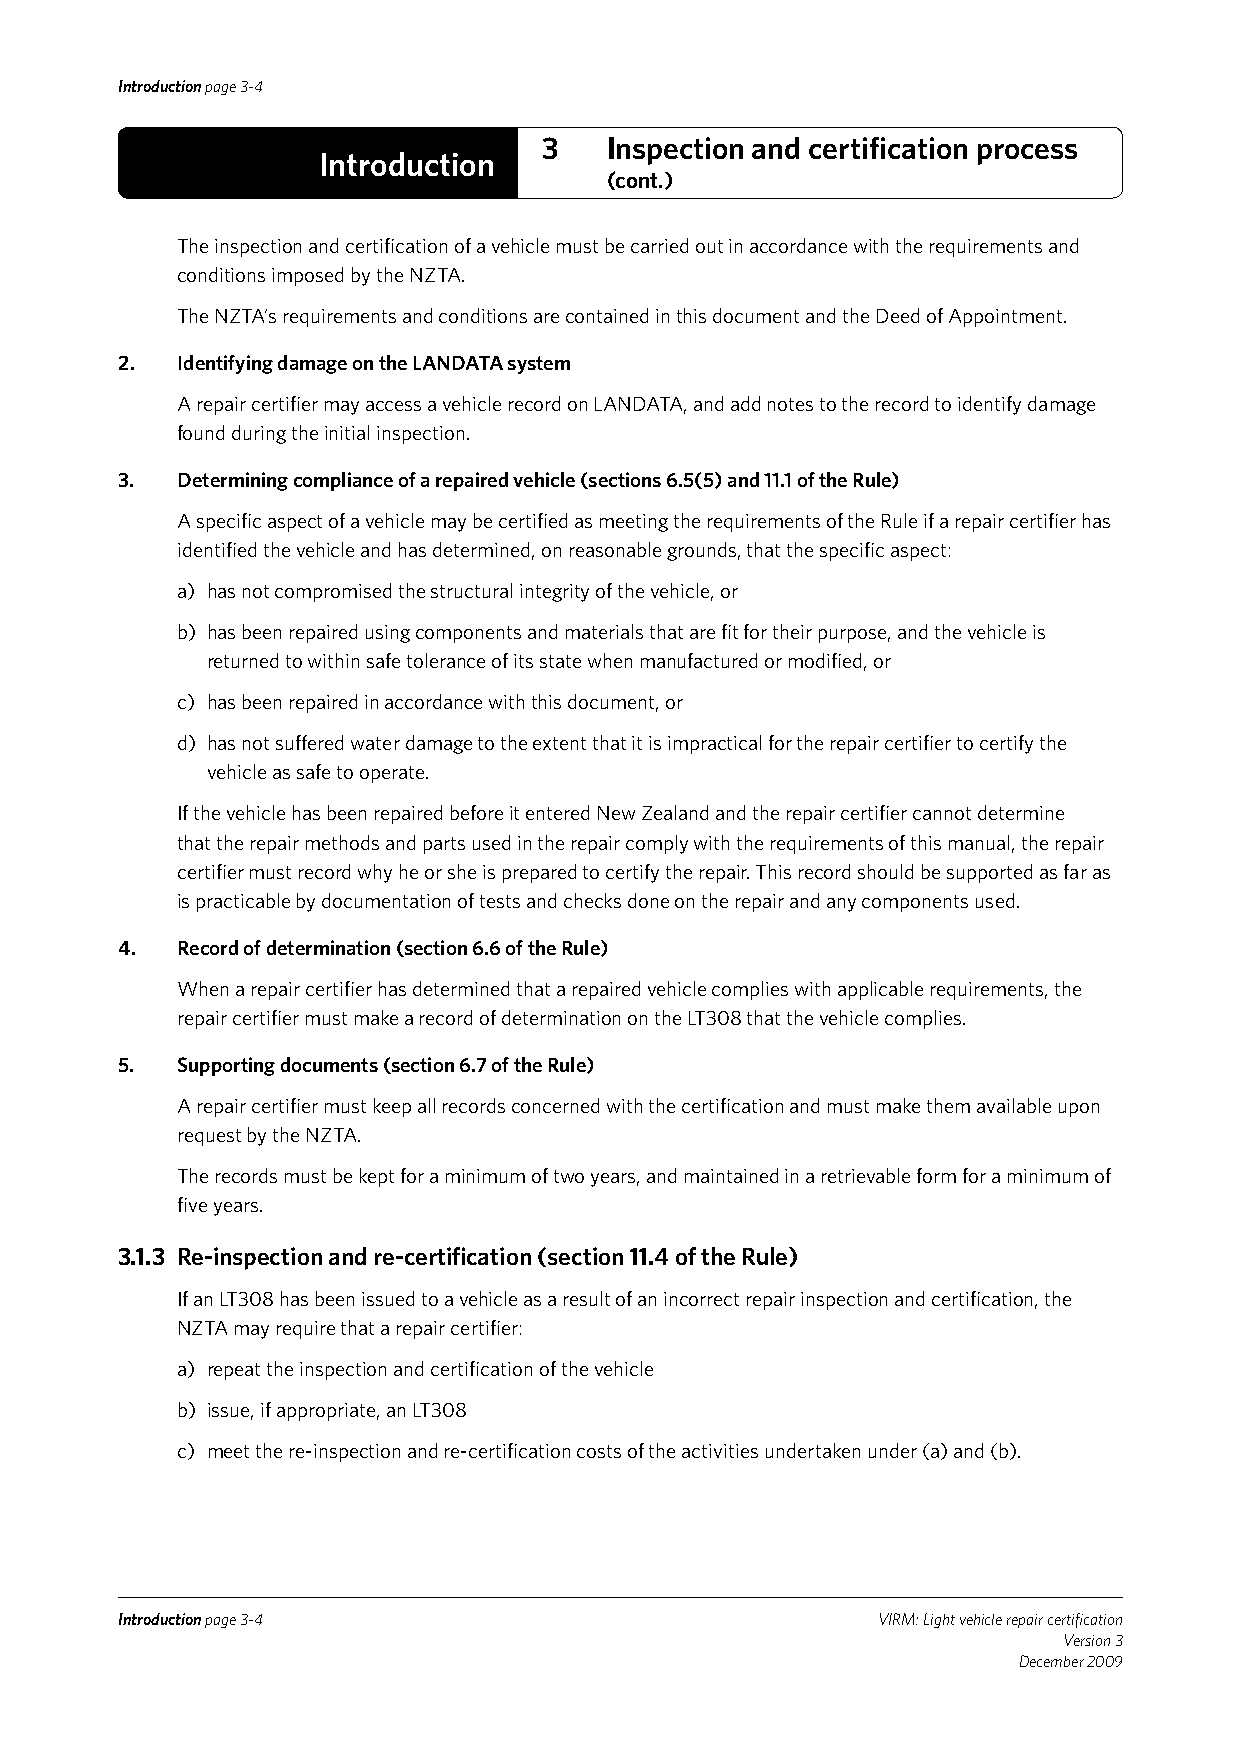
Introduction page 3-4
 3   Inspection and certification process
 Introduction
 (cont.)
 The inspection and certification of a vehicle must be carried out in accordance with the requirements and
 conditions imposed by the NZTA.
 The NZTA’s requirements and conditions are contained in this document and the Deed of Appointment.
 2.  Identifying damage on the LANDATA system
 A repair certifier may access a vehicle record on LANDATA, and add notes to the record to identify damage
 found during the initial inspection.
 3.  Determining compliance of a repaired vehicle (sections 6.5(5) and 11.1 of the Rule)
 A specific aspect of a vehicle may be certified as meeting the requirements of the Rule if a repair certifier has
 identified the vehicle and has determined, on reasonable grounds, that the specific aspect:
 a) has not compromised the structural integrity of the vehicle, or
 b) has been repaired using components and materials that are fit for their purpose, and the vehicle is
 returned to within safe tolerance of its state when manufactured or modified, or
 c) has been repaired in accordance with this document, or
 d) has not suffered water damage to the extent that it is impractical for the repair certifier to certify the
 vehicle as safe to operate.
 If the vehicle has been repaired before it entered New Zealand and the repair certifier cannot determine
 that the repair methods and parts used in the repair comply with the requirements of this manual, the repair
 certifier must record why he or she is prepared to certify the repair. This record should be supported as far as
 is practicable by documentation of tests and checks done on the repair and any components used.
 4.  Record of determination (section 6.6 of the Rule)
 When a repair certifier has determined that a repaired vehicle complies with applicable requirements, the
 repair certifier must make a record of determination on the LT308 that the vehicle complies.
 5.  Supporting documents (section 6.7 of the Rule)
 A repair certifier must keep all records concerned with the certification and must make them available upon
 request by the NZTA.
 The records must be kept for a minimum of two years, and maintained in a retrievable form for a minimum of
 five years.
 3.1.3 Re-inspection and re-certification (section 11.4 of the Rule)
 If an LT308 has been issued to a vehicle as a result of an incorrect repair inspection and certification, the
 NZTA may require that a repair certifier:
 a) repeat the inspection and certification of the vehicle
 b) issue, if appropriate, an LT308
 c) meet the re-inspection and re-certification costs of the activities undertaken under (a) and (b).
 Introduction page 3-4                             VIRM: Light vehicle repair certification
 Version 3
 December 2009